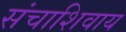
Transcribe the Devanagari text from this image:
संचाशिवाय